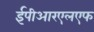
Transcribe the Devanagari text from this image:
ईपीआरएलएफ